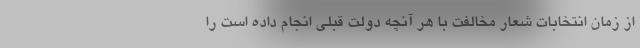
از زمان انتخابات شعار مخالفت با هر آنچه دولت قبلی انجام داده است را